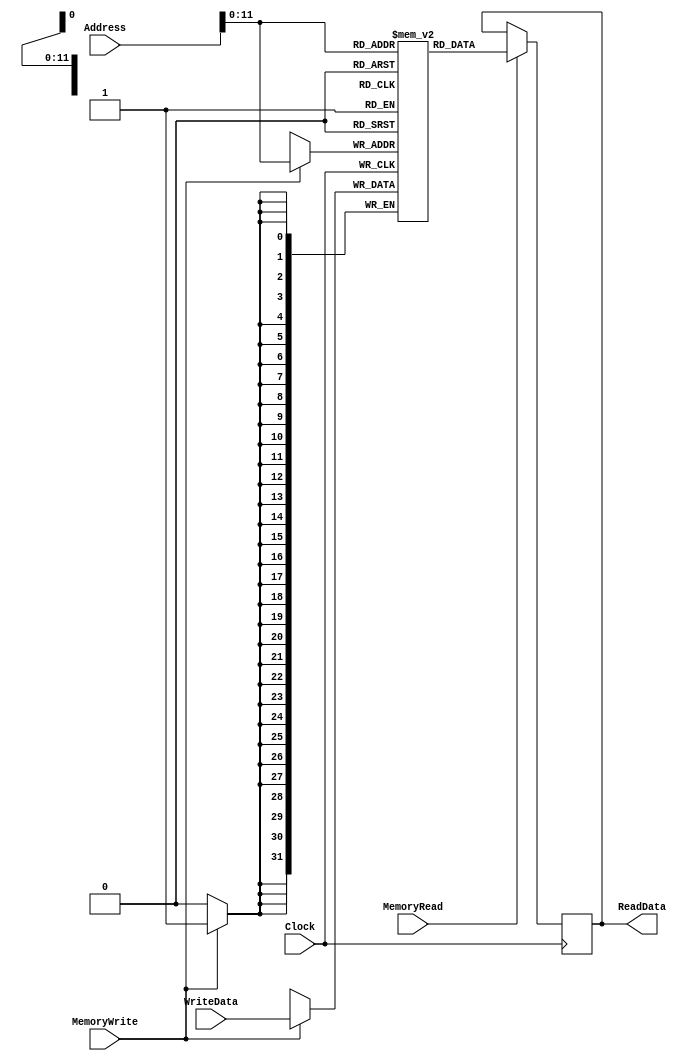
`timescale 1ns / 1ps

module DataMemory(ReadData , Address , WriteData ,MemoryRead , MemoryWrite , Clock ) ;
output reg [31:0] ReadData; //inputs outputs
input [31:0] Address, WriteData; 
input MemoryRead, MemoryWrite, Clock;

reg [31:0] Memory [2048:0]; //size of the memory 

//reads the memory and assigns at posedges after 20 seconds
always @(posedge Clock) begin
	if(MemoryRead==1'b1) begin
	 #20 ReadData <= Memory[Address];
	// $display("ReadData: %d", ReadData);
end
end
//writes to memory and assigns it after 20 seconds at negedges  
always@(negedge Clock) begin
	if(MemoryWrite==1'b1) begin
	  Memory[Address] <= #20 WriteData;
end
end



endmodule

//doesn't handle error checking when mem and write are 1